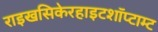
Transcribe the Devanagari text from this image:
राइखसिकेरहाइटशॉप्टाम्ट